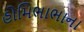
હોમિભાભાના